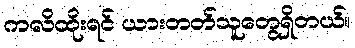
ကလိထိုးရင် ယားတတ်သူတွေရှိတယ်။